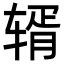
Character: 𬨏